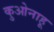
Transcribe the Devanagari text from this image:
कुओनाहू